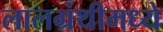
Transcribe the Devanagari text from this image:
लालग्रंथीमध्ये